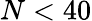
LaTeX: N<40